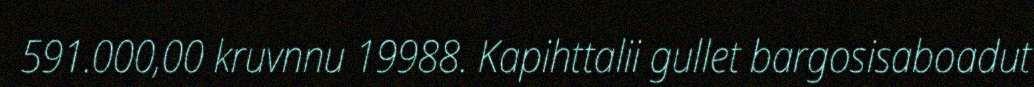
591.000,00 kruvnnu 19988. Kapihttalii gullet bargosisaboadut